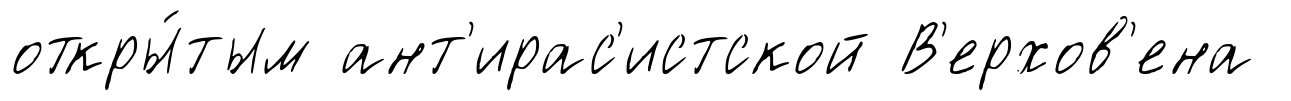
откры́тым ант'ирас'истской В'ерхов'ена